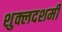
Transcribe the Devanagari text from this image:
शुक्लदशमी